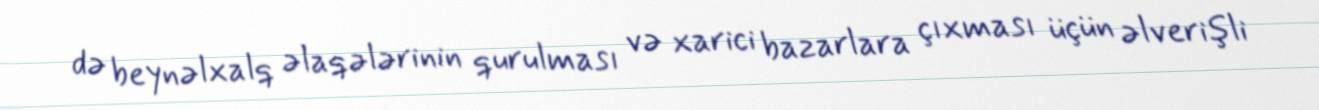
də beynəlxalq əlaqələrinin qurulması və xarici bazarlara çıxması üçün əlverişli